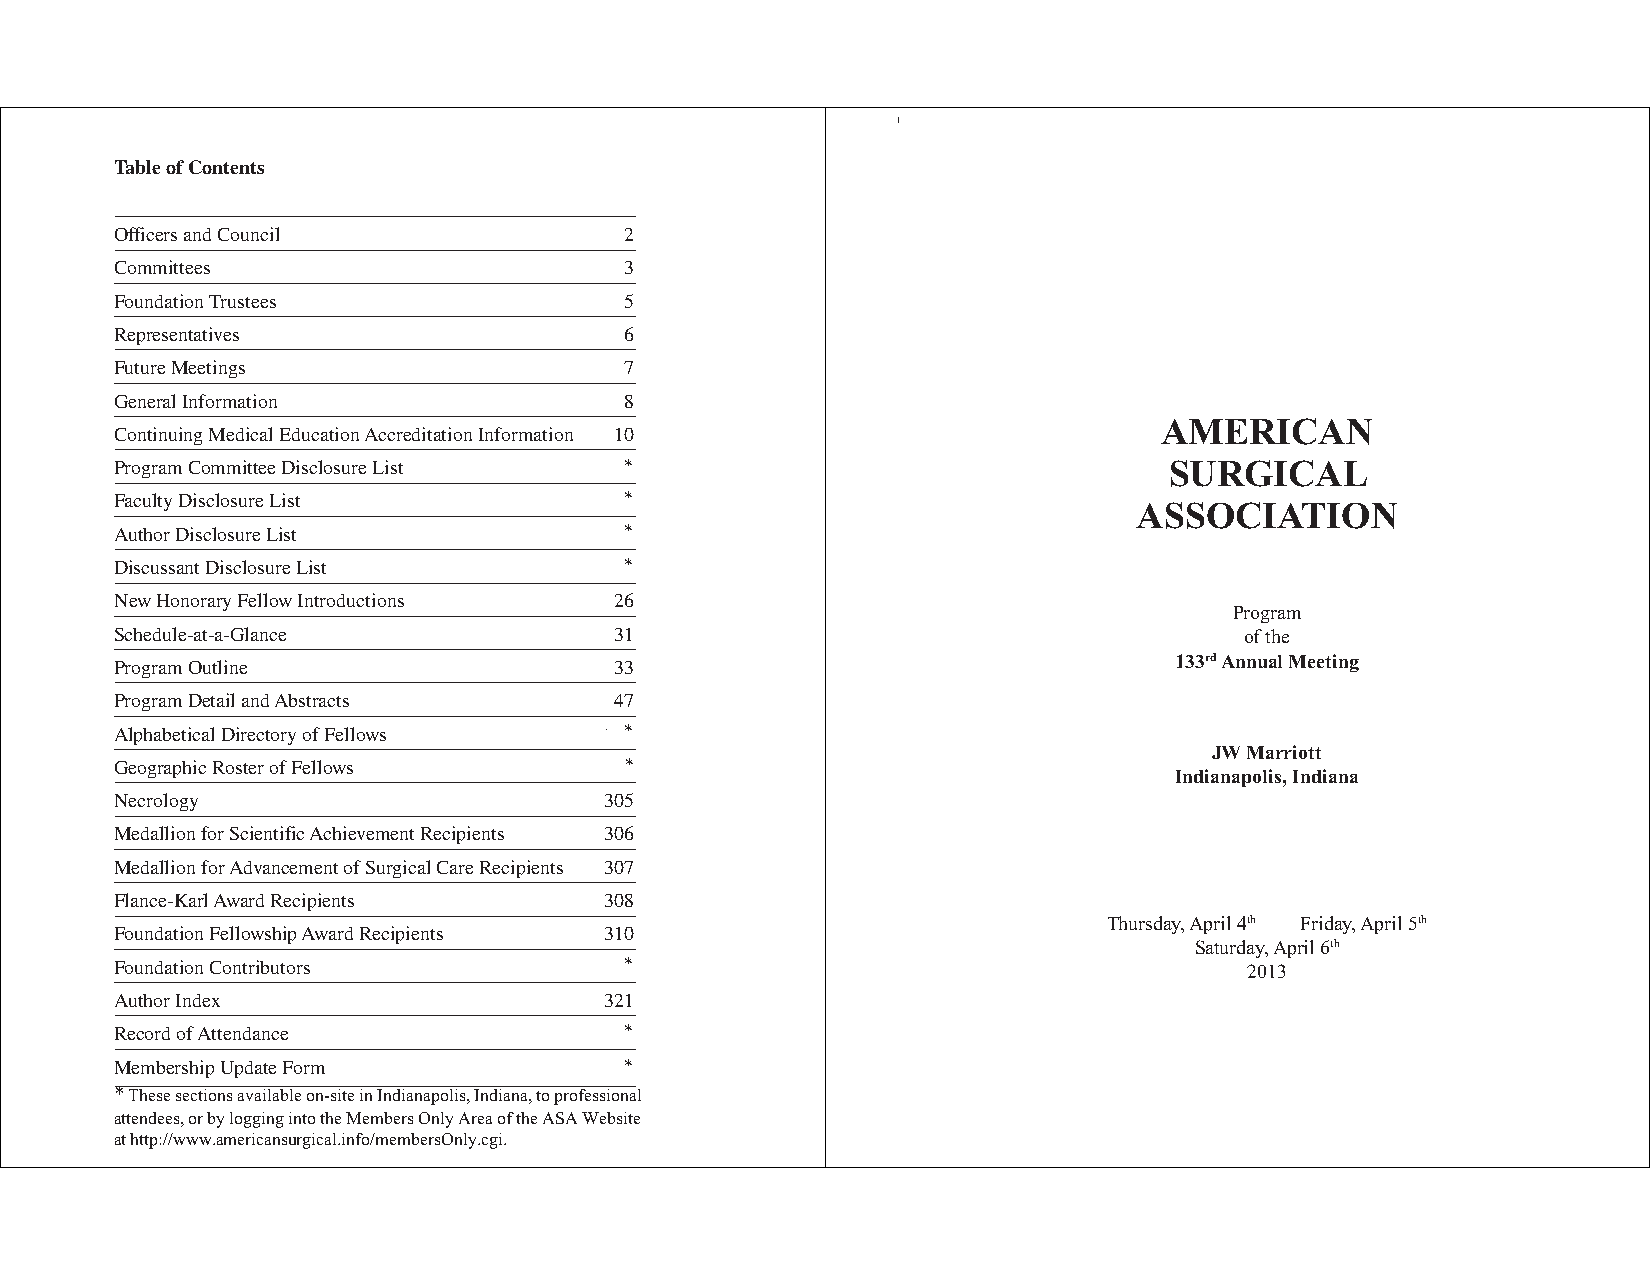
Table of Contents
 Officers and Council             2
 Committees                       3
 Foundation Trustees              5
 Representatives                  6
 Future Meetings                  7
 General Information              8
 AMERICAN
 Continuing Medical Education Accreditation Information 10
 Program Committee Disclosure List 12*                                SURGICAL
 Faculty Disclosure List          12*
 ASSOCIATION
 Author Disclosure List           1*3
 Discussant Disclosure List       23*
 New Honorary Fellow Introductions 26
 Program
 Schedule-at-a-Glance             31                                       of the
 133rd Annual Meeting
 Program Outline                  33
 Program Detail and Abstracts     47
 Alphabetical Directory of Fellows 10*7
 JW Marriott
 Geographic Roster of Fellows    277*
 Indianapolis, Indiana
 Necrology                       305
 Medallion for Scientific Achievement Recipients 306
 Medallion for Advancement of Surgical Care Recipients 307
 Flance-Karl Award Recipients    308
 Thursday, April 4th Friday, April 5th
 Foundation Fellowship Award Recipients 310
 Saturday, April 6th
 Foundation Contributors         31*2                                       2013
 Author Index                    321
 Record of Attendance            331*
 Membership Update Form          33*3
 * These sections available on-site in Indianapolis, Indiana, to professional
 attendees, or by logging into the Members Only Area of the ASA Website
 at http://www.americansurgical.info/membersOnly.cgi.